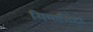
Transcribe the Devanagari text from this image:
गियासिंटा